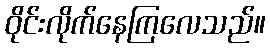
ဝိုင်းလိုက်နေကြလေသည်။